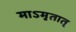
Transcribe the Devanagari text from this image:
माऽमृतात्‌